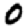
Digit: 0